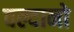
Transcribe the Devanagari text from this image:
वल्दानो